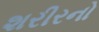
શરીરનો